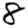
Digit: 8